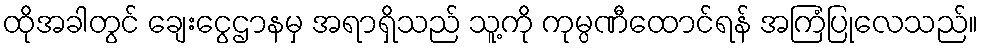
ထိုအခါတွင် ချေးငွေဌာနမှ အရာရှိသည် သူ့ကို ကုမ္ပဏီထောင်ရန် အကြံပြုလေသည်။